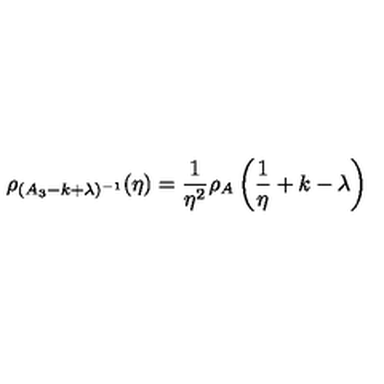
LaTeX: \rho _ { ( A _ { 3 } - k + \lambda ) ^ { - 1 } } ( \eta ) = \frac { 1 } { \eta ^ { 2 } } \rho _ { A } \left( \frac { 1 } { \eta } + k - \lambda \right)